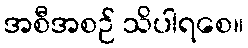
အစီအစဉ် သိပါရစေ။